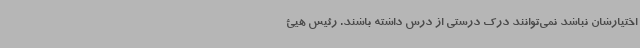
اختیارشان نباشد نمی‌توانند درک درستی از درس داشته باشند. رئیس هیئ